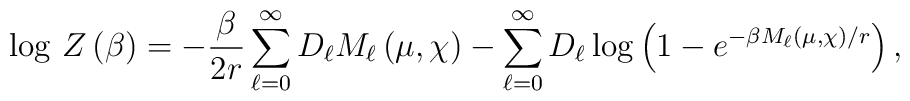
\log \, Z\left(\beta \right)=-\frac{\beta }{2r}\sum _{\ell =0}^{\infty }D_{\ell }M_{\ell }\left(\mu ,\chi \right)-\sum _{\ell =0}^{\infty }D_{\ell }\log \left(1-e^{-\beta M_{\ell }\left(\mu ,\chi \right)/r}\right),